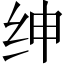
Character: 绅